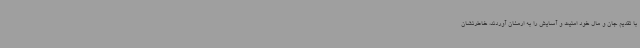
با تقدیم جان و مال خود امنیت و آسایش را به ارمغان آوردند، خاطرنشان